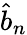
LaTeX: \widehat{b}_{n}